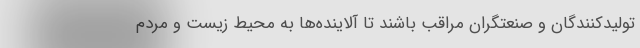
تولیدکنندگان و صنعتگران مراقب باشند تا آلاینده‌ها به محیط زیست و مردم